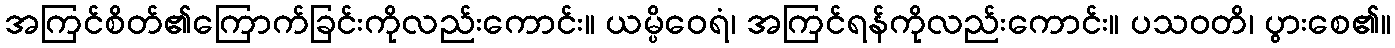
အကြင်စိတ်၏ကြောက်ခြင်းကိုလည်းကောင်း။ ယမ္ပိဝေရံ၊ အကြင်ရန်ကိုလည်းကောင်း။ ပသဝတိ၊ ပွားစေ၏။